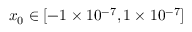
x _ { 0 } \in [ - 1 \times 1 0 ^ { - 7 } , 1 \times 1 0 ^ { - 7 } ]